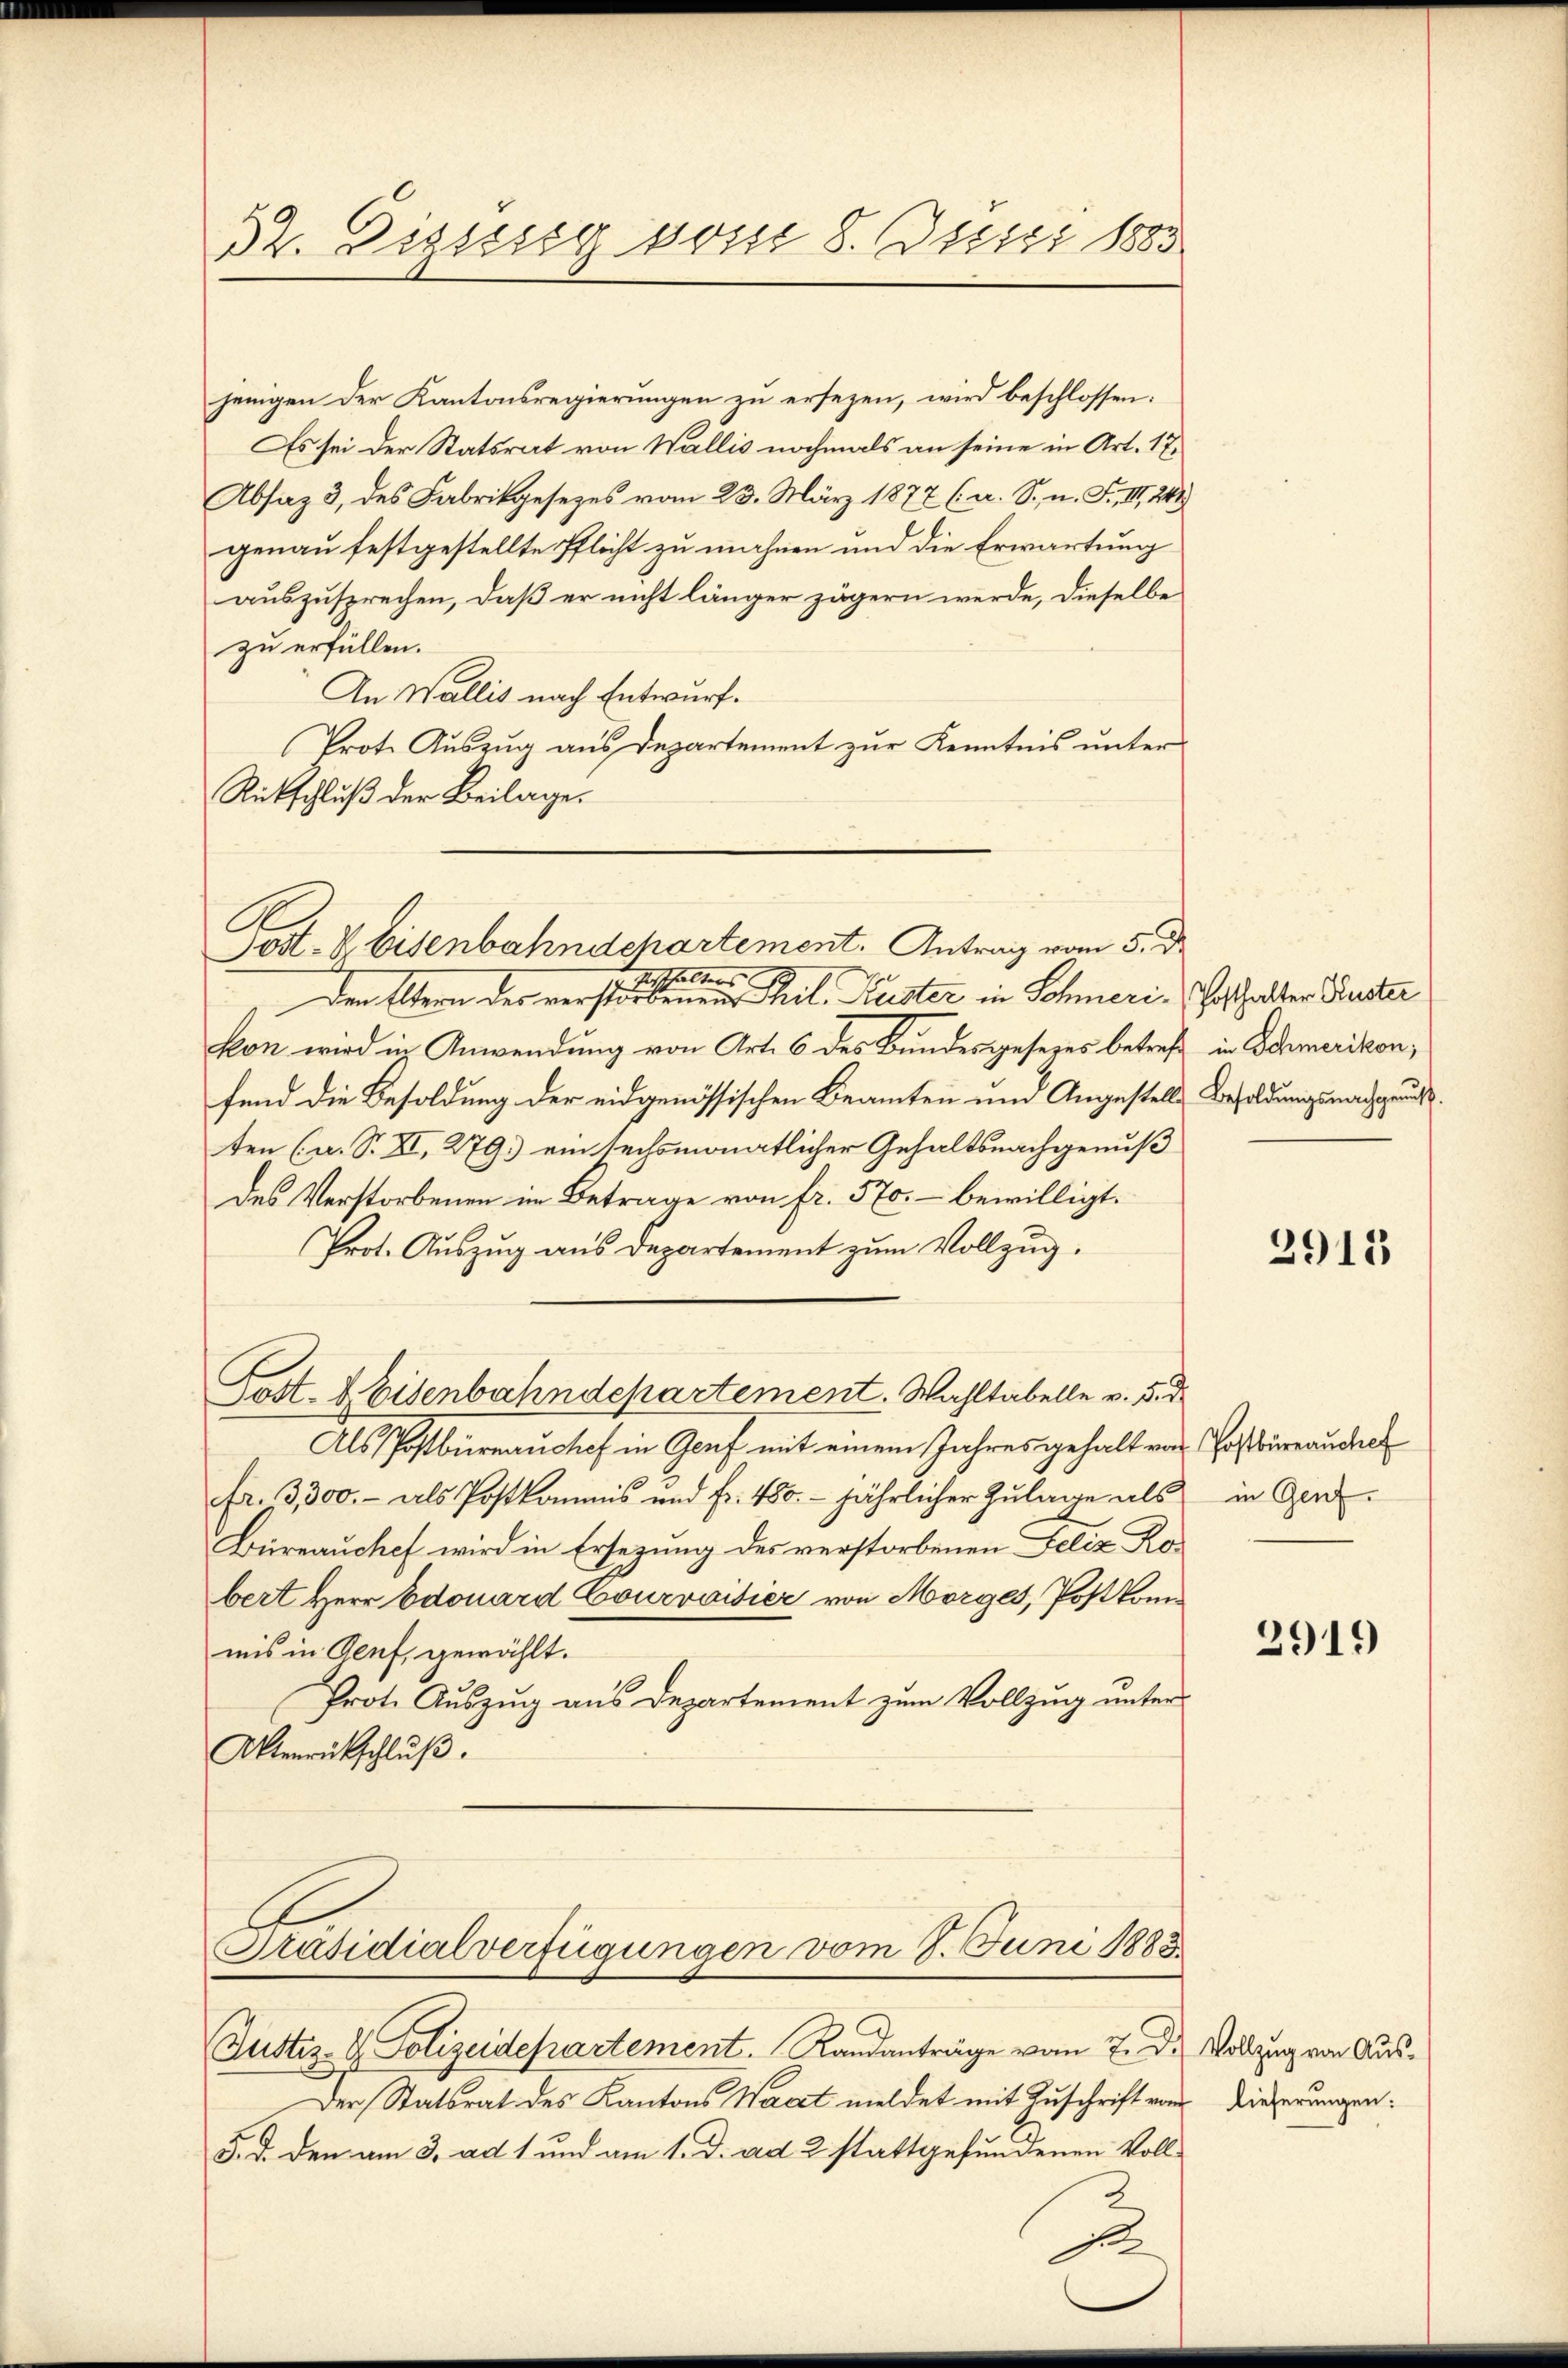
jenigen der Kantonsregierungen zu ersezen, wird beschlossen:
Es sei der Statsrat von Wallis nochmals an seine in Art. 17
Absaz 3, des Fabrikgesezes vom 23. März 1877 (a. S., n. F. III 241
genau festgestellte Pflicht zu mahnen und die Erwartung
auszusprechen, daß er nicht länger zögern werde, dieselbe
zu erfüllen.
An Wallis nach Entwurf.
Prote Auszug aus Departement zur Kenntnis unter
Rückschluß der Beilage.

32. Disssig vom 8. Juni 1883

Den Eltern des verstorbenen Theil. Auster in Schmeri. Gotthalter Puster
kon wird in Anwendung von Art. 6 des Bundesgesezes betref
fend die Besoldung der eidgenössischen Beamten und Angestell
ten (a. S. XI, 279.) ein sechsmonatlicher Gehaltsnachgenuß
des Verstorbenen im Betrage von fr. 570. - bewilligt.
Prot. Auszug aus Departement zum Vollzug.
Als Postbüreau chef in Genf mit einem Jahres gehalt von Postbureauchel
fr. 3,300.- als Postkommis und Fr. 480. jährlicher Zulage als
Bürrauchef wird in Ersezung des verstorbenen Felix Robert Herr Edouard Courvoisier von Morges, Postkom
mis in Genf, gewählt.
Prot. Auszug aus Departement zum Vollzug unter
Aktenrückschluß.

A.
Post- & Eisenbahndchartement. Antrag vom 5. d.
e
Verthalters

Tost- & Eisenbahndepartement. Wahltabelle v. die

Präsidialverfügungen vom 8. Juni 1883
Justiz- & Polizeidepartement. Randanträge vom 7. Dr. Vollzug von Aus¬

Der Statsrat des Kantons Wacht meldet mit Zuschrift von Dießerungen:
5. d. den am 3. ad 1 und am 1. d. ad 2. stattgefundenen Voll¬

in Schmerikon,
) Besoldungsnachgenuß.

4

2915

in Genf.

2919